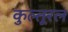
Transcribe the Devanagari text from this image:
कुल्तूरल